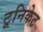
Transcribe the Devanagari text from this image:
टूनिकेट